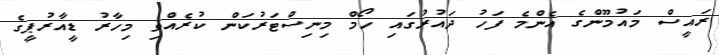
ރައީސް މައުމޫންގެ އެންމެ ފަހު ދައުރުގައި ހޯމް މިނިސްޓަރުކަން ކުރެއްވި މިހާރު ޑީއާރުޕީގެ